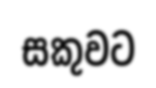
සකුවට